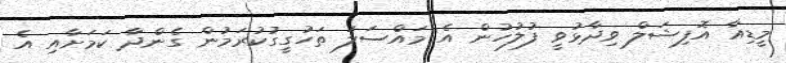
މީޑިއާ އޮފިޝަލް ވިދާޅުވީ ފުލުހުން އެ މައްސަލަ ތަހުގީގުކުރަމުން ގެންދާ ކަމަށާއި އެ